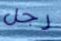
رجل